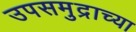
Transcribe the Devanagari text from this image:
उपसमुद्राच्या